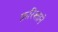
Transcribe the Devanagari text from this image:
फ़रिश्ताने